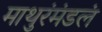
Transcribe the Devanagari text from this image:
माथुरंमंडलं